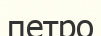
петро